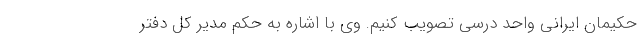
حکیمان ایرانی واحد درسی تصویب کنیم. وی با اشاره به حکم مدیر کل دفتر